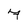
Character: 7